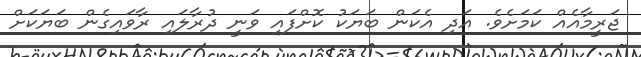
ޖަރީމާއެއް ކަމަށެވެ. އަދި އެކަން ބަޔަކު ކޮށްފައި ވަނީ ދުރާލައި ރާވައިގެން ބަޔަކަށް